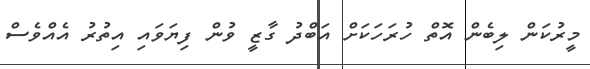
މީރުކަން ލިބެން އޮތް ހުރަހަކަށް އަބްދު ގާޒީ ވުން ފިޔަވައި އިތުރު އެއްވެސް